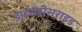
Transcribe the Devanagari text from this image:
डाईग्लीसराइड